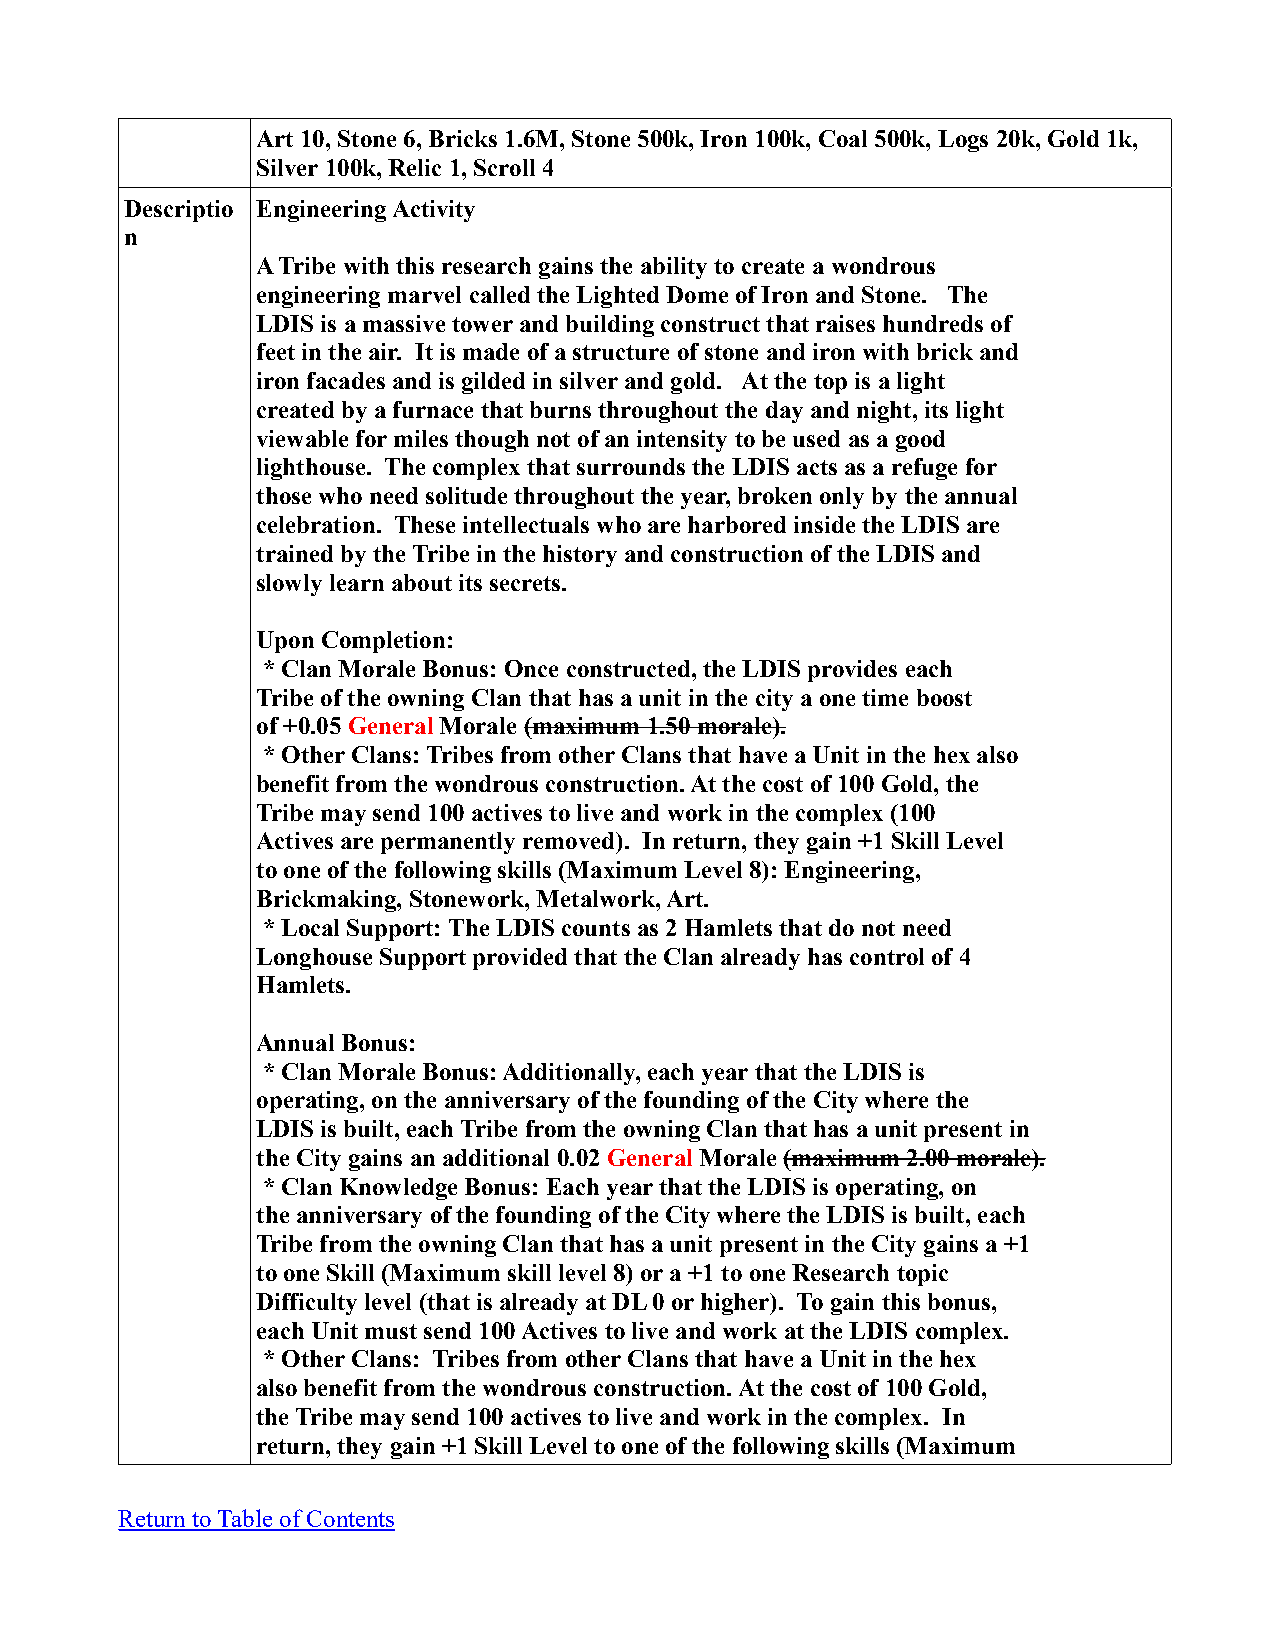
Art 10, Stone 6, Bricks 1.6M, Stone 500k, Iron 100k, Coal 500k, Logs 20k, Gold 1k,
 Silver 100k, Relic 1, Scroll 4
 Descriptio Engineering Activity
 n
 A Tribe with this research gains the ability to create a wondrous
 engineering marvel called the Lighted Dome of Iron and Stone. The
 LDIS is a massive tower and building construct that raises hundreds of
 feet in the air. It is made of a structure of stone and iron with brick and
 iron facades and is gilded in silver and gold. At the top is a light
 created by a furnace that burns throughout the day and night, its light
 viewable for miles though not of an intensity to be used as a good
 lighthouse. The complex that surrounds the LDIS acts as a refuge for
 those who need solitude throughout the year, broken only by the annual
 celebration. These intellectuals who are harbored inside the LDIS are
 trained by the Tribe in the history and construction of the LDIS and
 slowly learn about its secrets.
 Upon Completion:
 * Clan Morale Bonus: Once constructed, the LDIS provides each
 Tribe of the owning Clan that has a unit in the city a one time boost
 of +0.05 General Morale (maximum 1.50 morale).
 * Other Clans: Tribes from other Clans that have a Unit in the hex also
 benefit from the wondrous construction. At the cost of 100 Gold, the
 Tribe may send 100 actives to live and work in the complex (100
 Actives are permanently removed). In return, they gain +1 Skill Level
 to one of the following skills (Maximum Level 8): Engineering,
 Brickmaking, Stonework, Metalwork, Art.
 * Local Support: The LDIS counts as 2 Hamlets that do not need
 Longhouse Support provided that the Clan already has control of 4
 Hamlets.
 Annual Bonus:
 * Clan Morale Bonus: Additionally, each year that the LDIS is
 operating, on the anniversary of the founding of the City where the
 LDIS is built, each Tribe from the owning Clan that has a unit present in
 the City gains an additional 0.02 General Morale (maximum 2.00 morale).
 * Clan Knowledge Bonus: Each year that the LDIS is operating, on
 the anniversary of the founding of the City where the LDIS is built, each
 Tribe from the owning Clan that has a unit present in the City gains a +1
 to one Skill (Maximum skill level 8) or a +1 to one Research topic
 Difficulty level (that is already at DL 0 or higher). To gain this bonus,
 each Unit must send 100 Actives to live and work at the LDIS complex.
 * Other Clans: Tribes from other Clans that have a Unit in the hex
 also benefit from the wondrous construction. At the cost of 100 Gold,
 the Tribe may send 100 actives to live and work in the complex. In
 return, they gain +1 Skill Level to one of the following skills (Maximum
 Return to Table of Contents